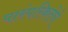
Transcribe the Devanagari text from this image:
पारंपरिकतेचे